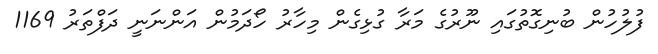
ފުލުހުން ބުނިގޮތުގައި ނޫރުގެ މަރާ ގުޅިގެން މިހާރު ހޯދަމުން އަންނަނީ ދަފްތަރު 1169